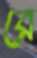
রে